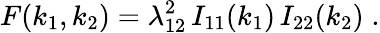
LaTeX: F(k_{1},k_{2})=\lambda_{12}^{2}\, I_{11}(k_{1})\, I_{22}(k_{2})\; .